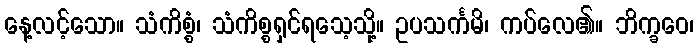
နေ့လင့်သော။ သံကိစ္စံ၊ သံကိစ္စရှင်ရသေ့သို့။ ဥပသင်္ကမိ၊ ကပ်လေ၏။ ဘိက္ခဝေ၊